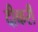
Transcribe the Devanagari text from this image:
दीकरी